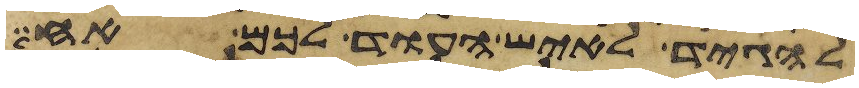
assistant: להגיד לאיש העוד לכם אח